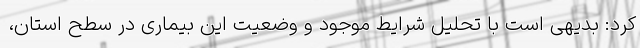
کرد: بدیهی است با تحلیل شرایط موجود و وضعیت این بیماری در سطح استان،